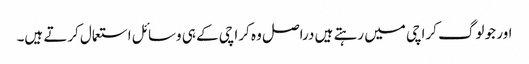
اور جو لوگ کراچی میں رہتے ہیں دراصل وہ کراچی کے ہی وسائل استعمال کرتے ہیں۔